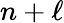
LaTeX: n+\ell